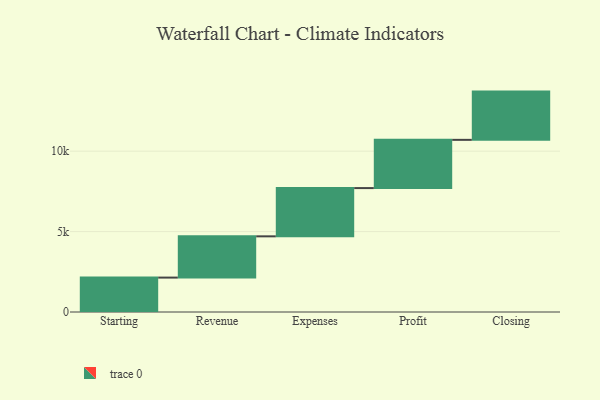
{"axis": {"x": "Step", "y": "Value"}, "legend": [""], "data": [{"x": "Starting", "y": 2140.0, "type": ""}, {"x": "Revenue", "y": 2565.0, "type": ""}, {"x": "Expenses", "y": 3000, "type": ""}, {"x": "Profit", "y": 3000, "type": ""}, {"x": "Closing", "y": 3000, "type": ""}]}